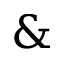
\&